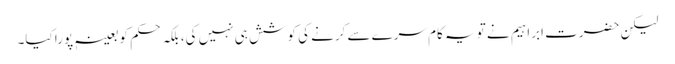
لیکن حضرت ابراہیم نے تو یہ کام سرے سے کرنے کی کوشش ہی نہیں کی، بلکہ حکم کو بعینہٖ پورا کیا۔